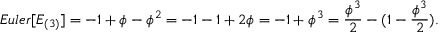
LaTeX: { E u l e r } [ E _ { ( 3 ) } ] = - 1 + \phi - \phi ^ { 2 } = - 1 - 1 + 2 \phi = - 1 + \phi ^ { 3 } = { \frac { \phi ^ { 3 } } { 2 } } - ( 1 - { \frac { \phi ^ { 3 } } { 2 } } ) .